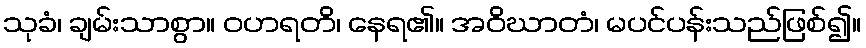
သုခံ၊ ချမ်းသာစွာ။ ဝဟရတိ၊ နေရ၏။ အဝိဃာတံ၊ မပင်ပန်းသည်ဖြစ်၍။